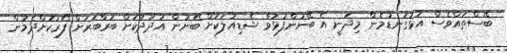
ބޭސްތައްވެސް އަޅުގަނޑުމެން މިދަނީ އެ ބޭނުންފުޅުވާ ޝެޑިއުލަކަށް ބޭނުން އަދަދަކަށް ބަރާބަރަށް ފޯރުކޮށްދެމުން